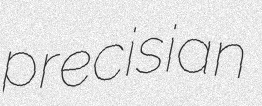
precisian